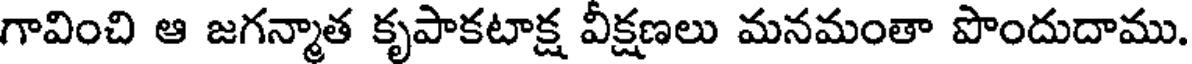
గావించి ఆ జగన్మాత కృపాకటాక్ష వీక్షణలు మనమంతా పొందుదాము.